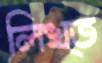
লিখ্ত